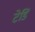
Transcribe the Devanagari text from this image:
टेडि